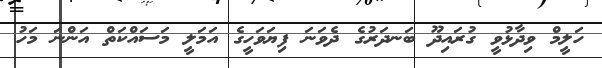
ހަލީމް ވިދާޅުވީ ގުރައިދޫ ބަނދަރުގެ ދެވަނަ ފިޔަވަހީގެ އަމަލީ މަސައްކަތް އަންނަ މަހު